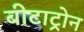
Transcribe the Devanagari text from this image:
बीटाट्रोन